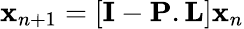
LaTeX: {\mathbf x}_{n+1}=\left[{\mathbf I}-{\mathbf P}.{\mathbf L}\right]{\mathbf x}_{n}